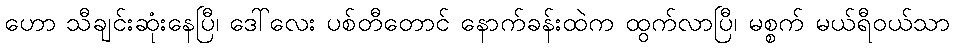
ဟော သီချင်းဆုံးနေပြီ၊ ဒေါ်လေး ပစ်တီတောင် နောက်ခန်းထဲက ထွက်လာပြီ၊ မစ္စက် မယ်ရီဝယ်သာ